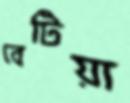
বেটিয়া